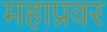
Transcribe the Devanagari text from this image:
महाप्रवर